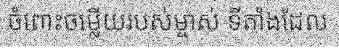
ចំពោះចម្លើយរបស់ម្ចាស់ ទីតាំងដែល